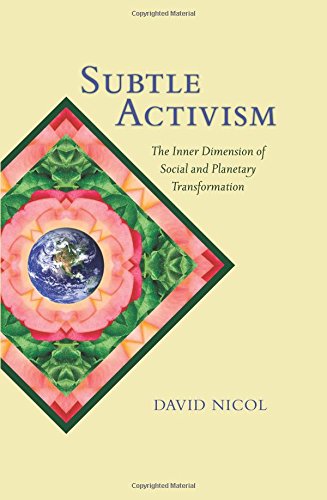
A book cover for Subtle Activism: The Inner Dimension of Social and Planetary Transformation (SUNY Series in Transpersonal and Humanistic Psychology); David Nicol; Religion & Spirituality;